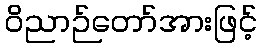
ဝိညာဉ်တော်အားဖြင့်